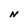
Character: N